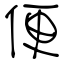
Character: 便